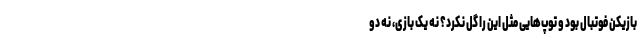
بازیکن فوتبال بود و توپ‌هایی مثل این را گل نکرد؟ نه یک بازی، نه دو